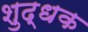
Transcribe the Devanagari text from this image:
शुद्धक